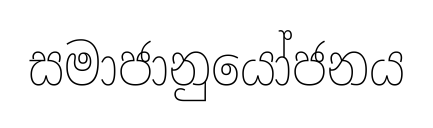
සමාජානුයෝජනය